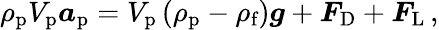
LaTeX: \rho_{\textup{p}}V_{\textup{p}}\boldsymbol{a}_{\textup{p}}=V_{\textup{p}}\left(\rho_{\textup{p}}-\rho_{\textup{f}}\right)\boldsymbol{g}+\boldsymbol{F}_{\textup{D}}+\boldsymbol{F}_{\textup{L}}\, ,